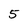
Character: 5